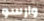
وارسو